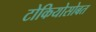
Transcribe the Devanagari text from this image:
टोकियोसोबत